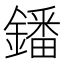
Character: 鐇